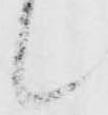
候